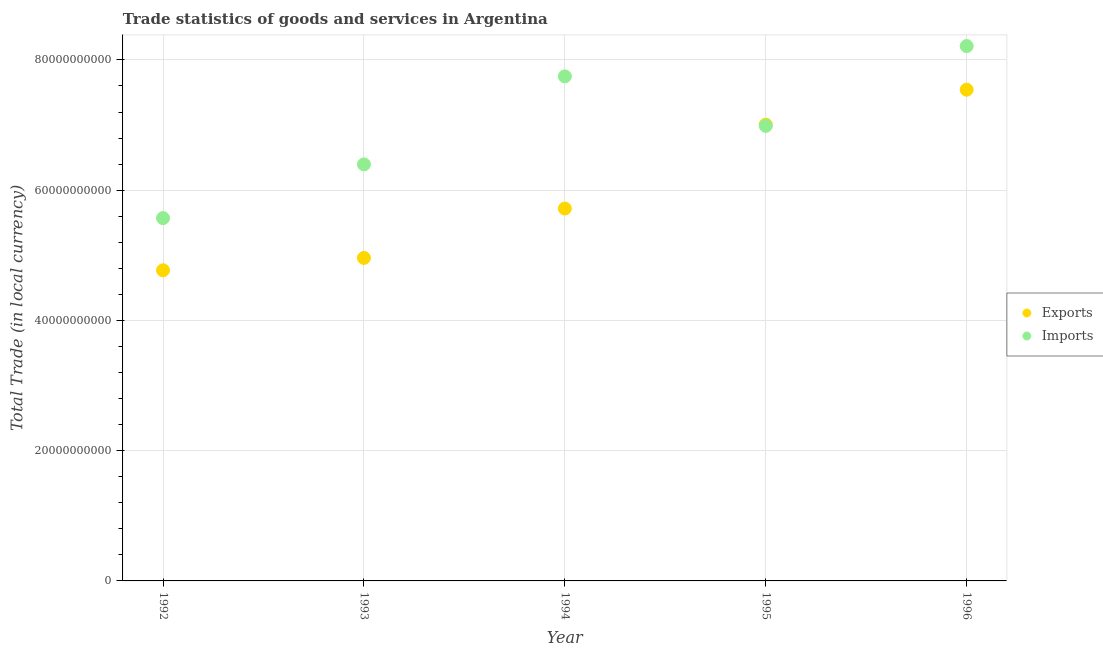
| Year | Exports | Imports |
 | --- | --- | --- |
 | 1992 | 4.77e+10 | 5.57e+10 |
 | 1993 | 4.96e+10 | 6.4e+10 |
 | 1994 | 5.72e+10 | 7.75e+10 |
 | 1995 | 7.01e+10 | 6.99e+10 |
 | 1996 | 7.54e+10 | 8.21e+10 |